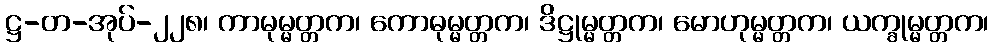
ဋ္ဌ-တ-အုပ်-၂၂၈၊ ကာမုမ္မတ္တက၊ ကောဓုမ္မတ္တက၊ ဒိဋ္ဌုမ္မတ္တက၊ မောဟုမ္မတ္တက၊ ယက္ခုမ္မတ္တက၊